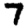
Digit: 7